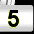
Digit: 5